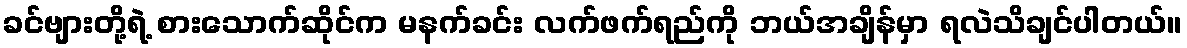
ခင်ဗျားတို့ရဲ့ စားသောက်ဆိုင်က မနက်ခင်း လက်ဖက်ရည်ကို ဘယ်အချိန်မှာ ရလဲသိချင်ပါတယ်။